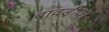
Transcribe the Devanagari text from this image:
बावड़ीया